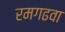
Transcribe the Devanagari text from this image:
रमगढवा